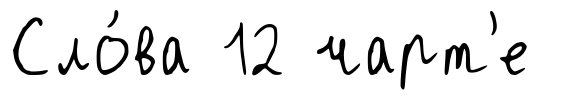
Сло́ва 12 чарт'е